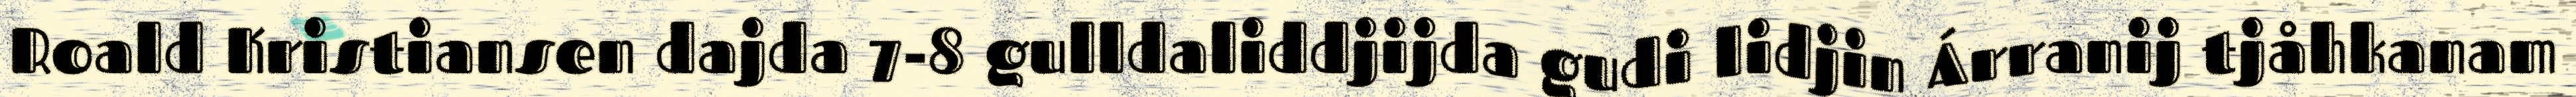
Roald Kristiansen dajda 7-8 gulldaliddjijda gudi lidjin Árranij tjåhkanam